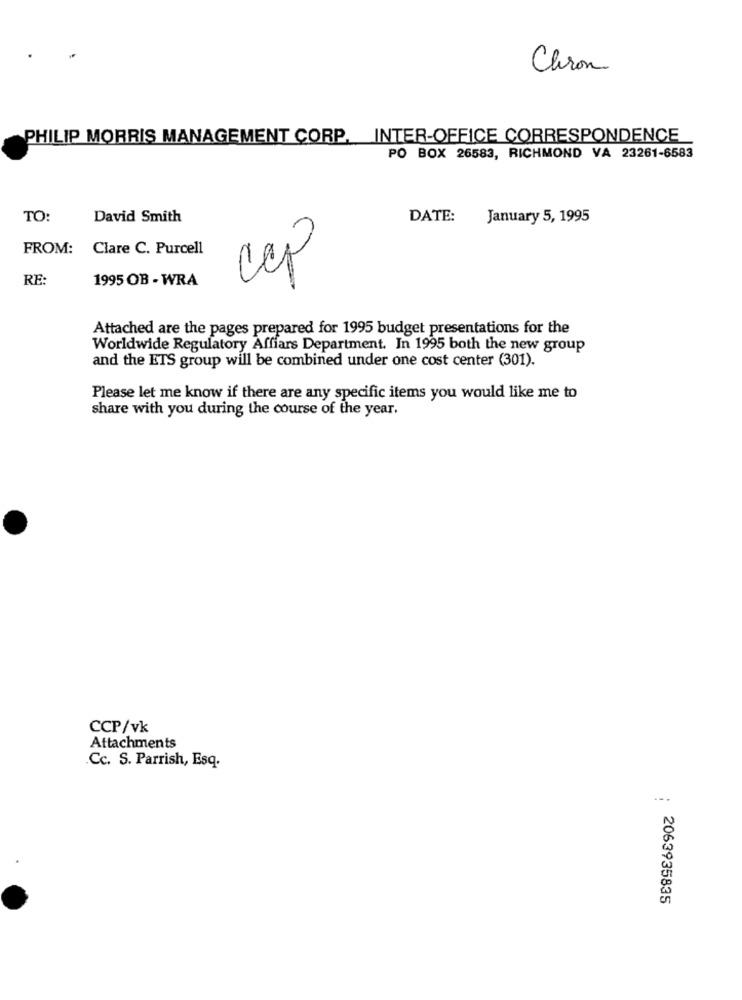
Chron
PHILIP MORRIS MANAGEMENT CORP. INTER-OFFICE CORRESPONDENCE
PO BOX 26583, RICHMOND VA 23261-6583
TO:
David Smith
DATE:
January 5, 1995
FROM:
Clare C. Purcell
RE:
1995 OB - WRA
Ccp
Attached are the pages prepared for 1995 budget presentations for the
Worldwide Regulatory Affiars Department. In 1995 both the new group
and the ETS group will be combined under one cost center (301).
Please let me know if there are any specific items you would like me to
share with you during the course of the year.
CCP/vk
Attachments
.Cc. S. Parrish, Esq.
-- -
2063935835